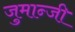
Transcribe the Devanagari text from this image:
जुमान्जी